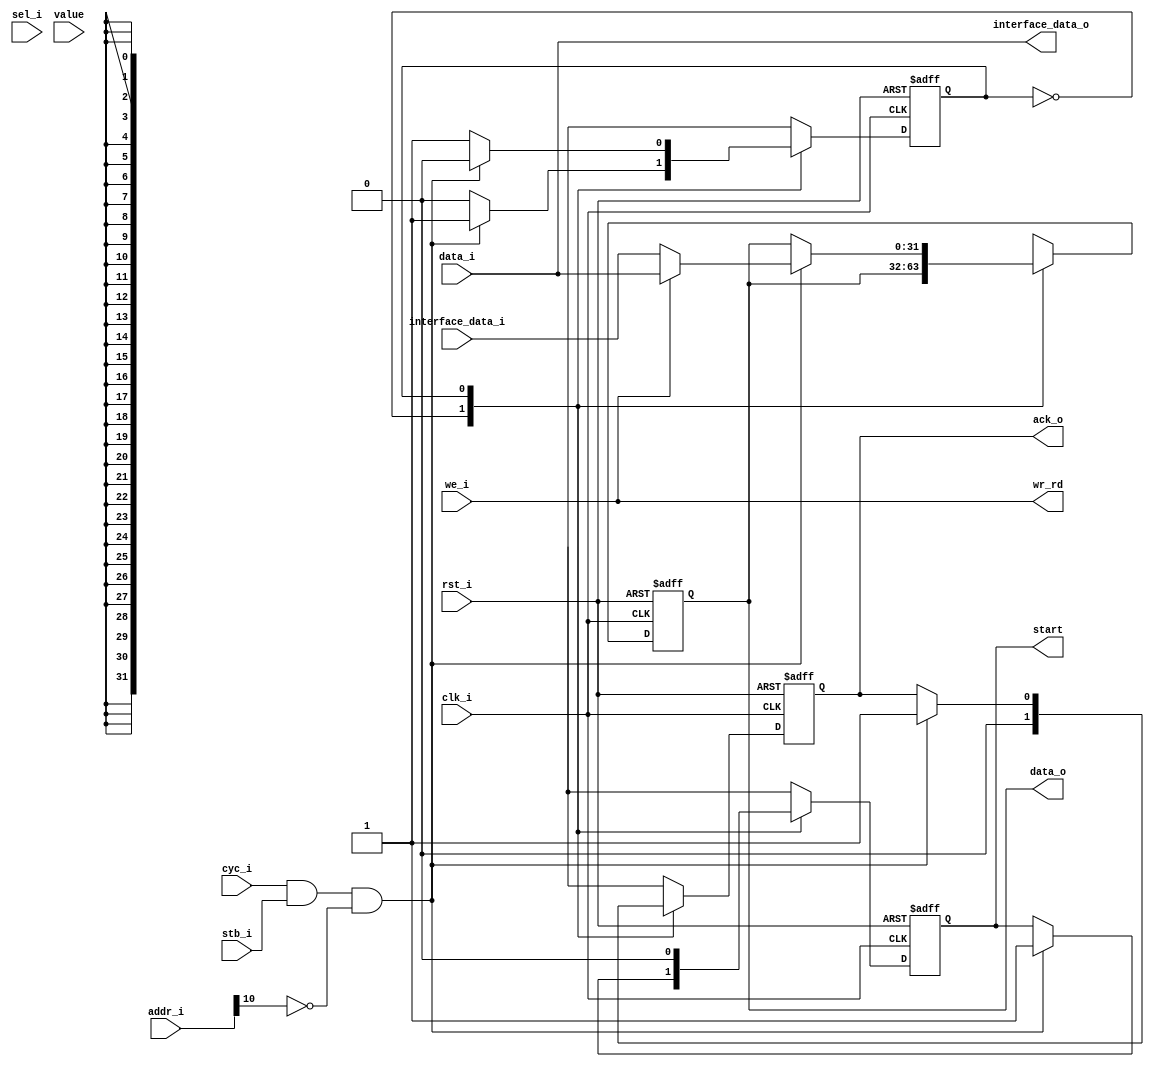
`timescale 1ns / 1ps
//////////////////////////////////////////////////////////////////////////////////
// Company: 
// Engineer: 
// 
// Design Name: 
// Module Name:    wb_slave 
// Project Name: 
// Target Devices: 
// Tool versions: 
// Description: 
//
// Dependencies: 
//
// Revision: 
// Revision 0.01 - File Created
// Additional Comments: 
//
//////////////////////////////////////////////////////////////////////////////////
module wb_slave #(parameter WB_DATA_WIDTH=32, parameter WB_ADDR_WIDTH=11,parameter GRANULARITY = 8,
parameter SLAVE_ADDR_WIDTH = 1, parameter SLAVE_ADDR = 0) (
	input clk_i,
	input rst_i,
	input [WB_ADDR_WIDTH-1:0] addr_i,
	input [WB_DATA_WIDTH-1:0] data_i,
	output [WB_DATA_WIDTH-1:0] data_o,
	input stb_i,
	input [WB_DATA_WIDTH/GRANULARITY-1:0] sel_i,
	output ack_o,
	input cyc_i,
	input we_i,
	output start,
	output wr_rd,
	output [WB_DATA_WIDTH-1:0] interface_data_o,
	
	input [WB_DATA_WIDTH-1:0] interface_data_i,
	
	input [15:0] value
	
    );

localparam IDLE = 2'b00;
localparam RUN = 2'b01;

reg state_nxt,state_reg;
reg [WB_DATA_WIDTH-1:0] data_reg,data_nxt;
reg ack_reg,ack_nxt;

reg start_nxt,start_reg;
reg [WB_DATA_WIDTH-1:0] tmp_data;


assign ack_o = ack_reg;
assign data_o = data_reg;
assign start = start_reg;
assign wr_rd = we_i;
assign interface_data_o = data_i;



always @(*) begin
	state_nxt= state_reg;
	start_nxt = start_reg;
	data_nxt = data_reg;
	ack_nxt = ack_reg;
	case(state_nxt)
	IDLE:begin
		ack_nxt = 1'b0;
		if(cyc_i & stb_i & (addr_i[WB_ADDR_WIDTH-1:WB_ADDR_WIDTH-SLAVE_ADDR_WIDTH] == SLAVE_ADDR)) begin
			state_nxt = RUN;
			start_nxt = 1'b1;
		end
	end
	RUN:begin
		start_nxt = 1'b0;
		if(cyc_i & stb_i & (addr_i[WB_ADDR_WIDTH-1:WB_ADDR_WIDTH-SLAVE_ADDR_WIDTH] == SLAVE_ADDR)) begin
			state_nxt = IDLE;
			ack_nxt = 1'b1;
			if(we_i) begin
				data_nxt = data_i;
			end
			else begin
				data_nxt = interface_data_i;
			end
		end
	end	
	endcase
end

always @(posedge clk_i or posedge rst_i) begin
	if(rst_i) begin
		state_reg <= IDLE;
		start_reg <= 'b0;
		data_reg <= 'b0;
		ack_reg <= 'b0;
	end
	else begin
		state_reg <= state_nxt;
		start_reg <= start_nxt;
		data_reg <= data_nxt;
		ack_reg <= ack_nxt;
	end
end

endmodule